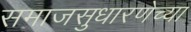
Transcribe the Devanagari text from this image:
समाजसुधारणेच्या